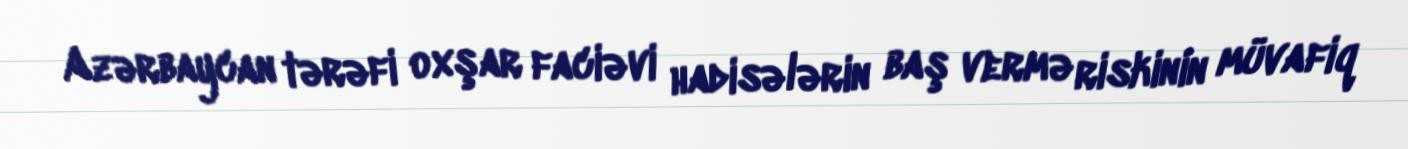
Azərbaycan tərəfi oxşar faciəvi hadisələrin baş vermə riskinin müvafiq